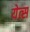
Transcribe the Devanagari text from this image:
येत्स